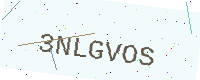
Text: 3NLGVOS